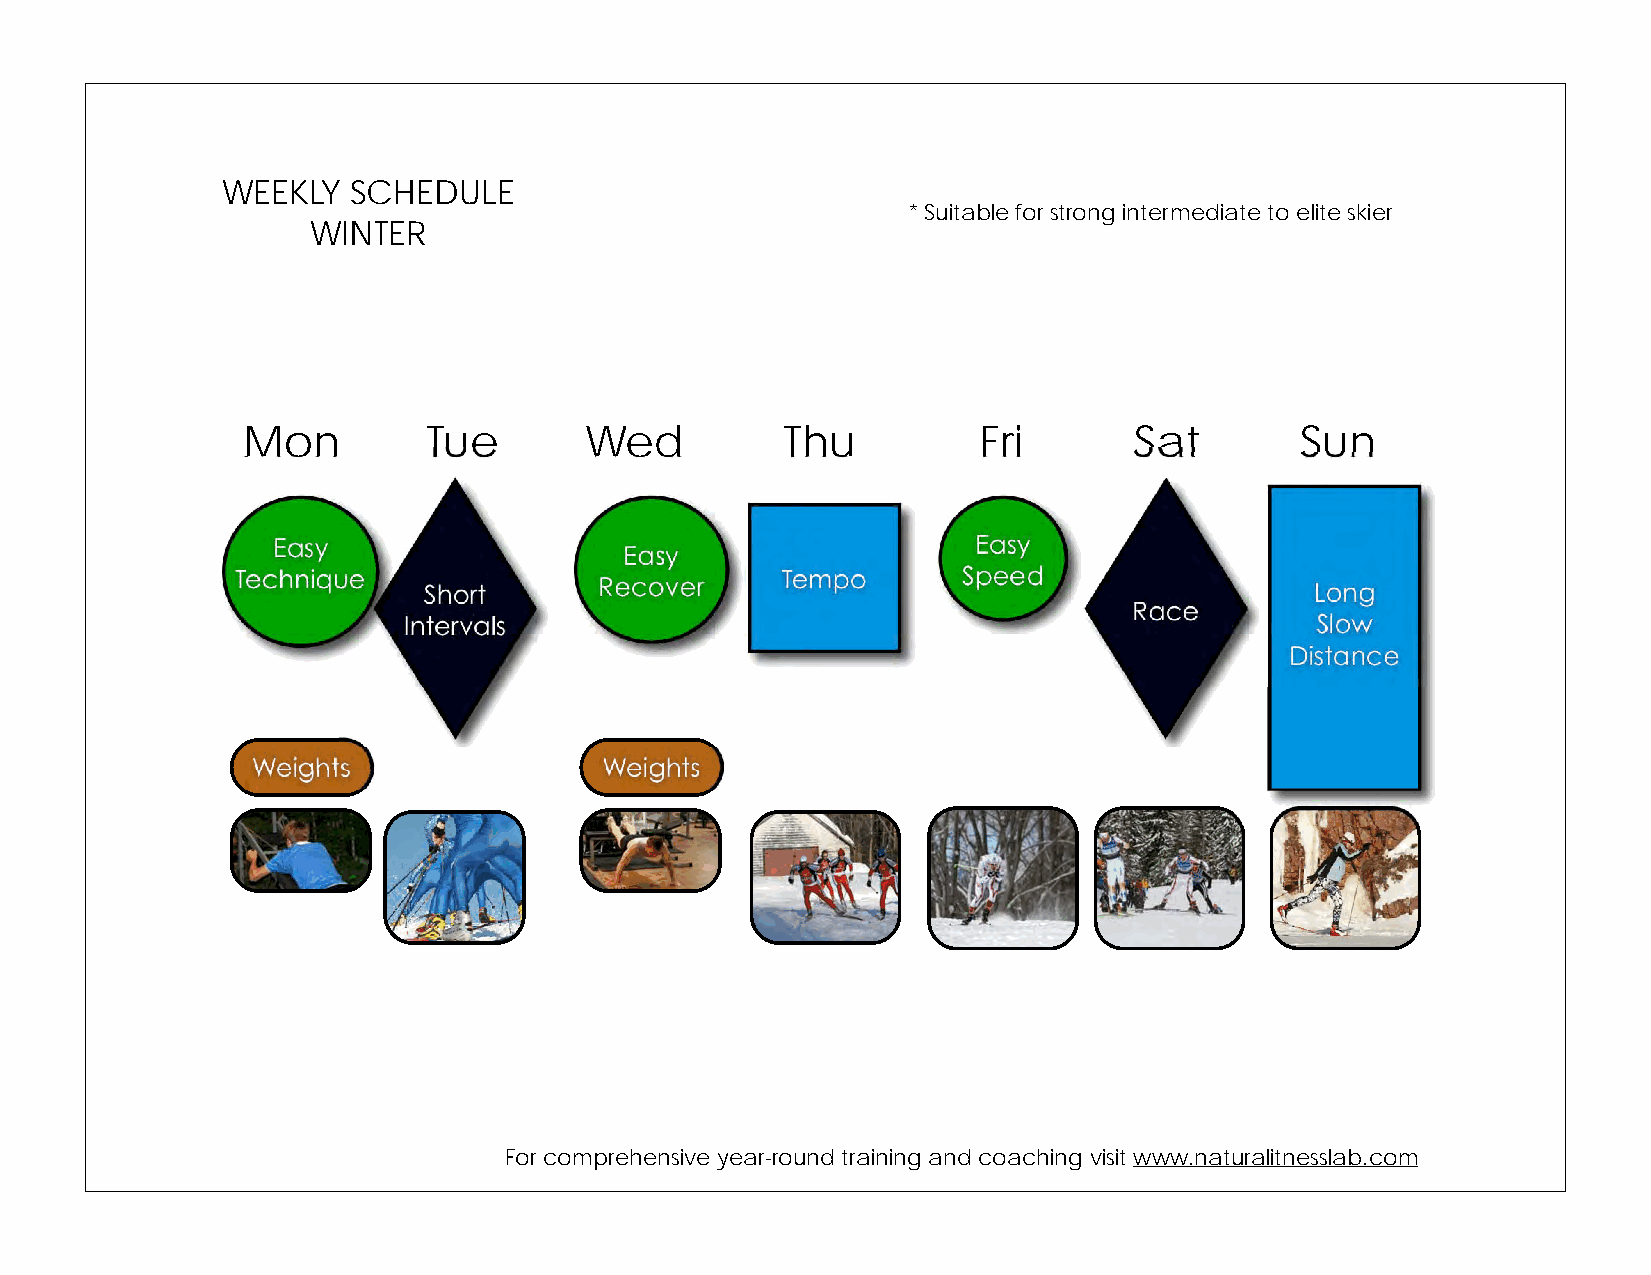
WEEKLY  SCHEDULE
 * Suitable for strong intermediate to elite skier
 WINTER
 Mon         Tue        Wed          Thu          Fri       Sat        Sun
 For comprehensive year-round training and coaching visit www.naturalitnesslab.com